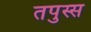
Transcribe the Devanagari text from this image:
तपुस्स